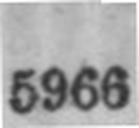
5966